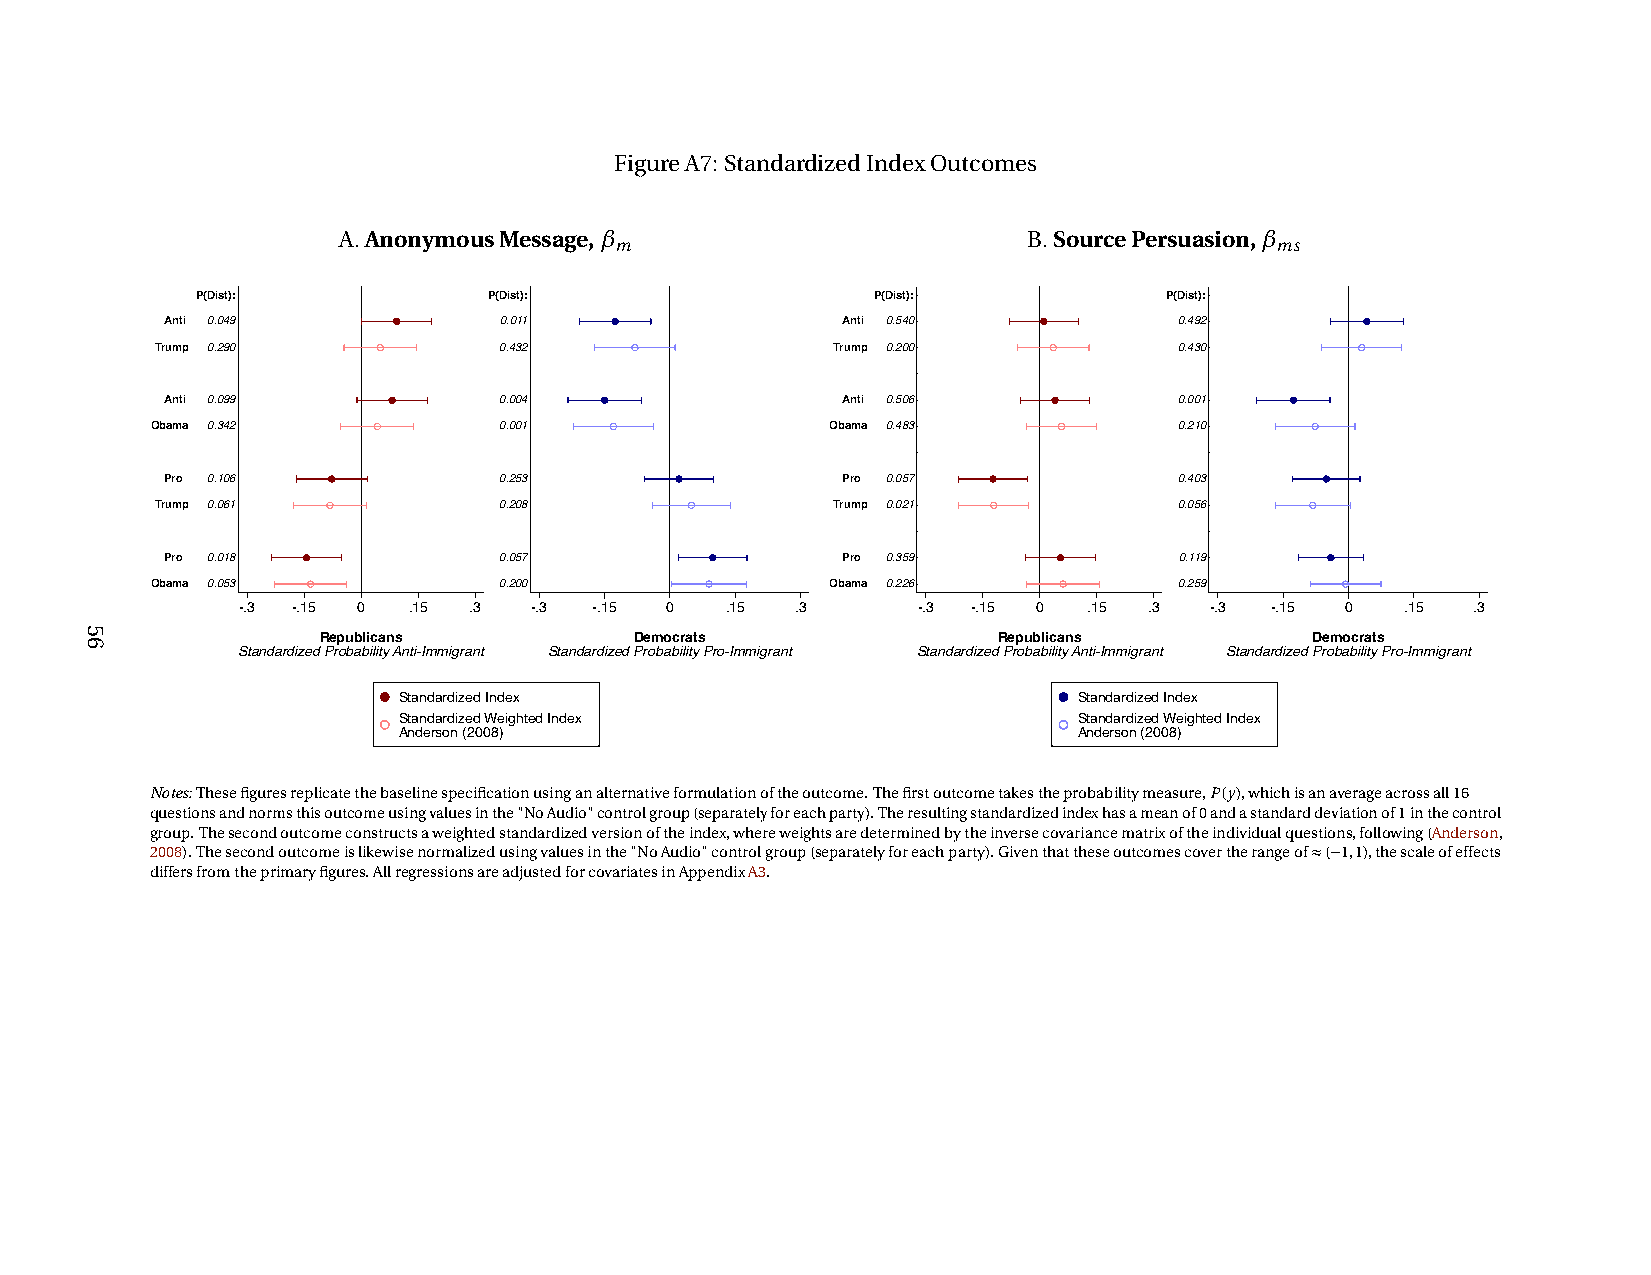
FigureA7: StandardizedIndexOutcomes
 A.AnonymousMessage,β                          B.SourcePersuasion,β
 m                                          ms
 P(Dist):           P(Dist):                  P(Dist):           P(Dist):
 Anti 0.049            0.011                  Anti 0.540            0.492
 Trump 0.290            0.432                 Trump 0.200            0.430
 Anti 0.099            0.004                  Anti 0.506            0.001
 Obama 0.342            0.001                 Obama 0.483            0.210
 Pro 0.106             0.253                  Pro 0.057             0.403
 Trump 0.061            0.208                 Trump 0.021            0.056
 Pro 0.018             0.057                  Pro 0.359             0.119
 Obama 0.053            0.200                 Obama 0.226            0.259
 -.3 -.15 0 .15 .3  -.3 -.15 0   .15  .3      -.3 -.15 0 .15 .3  -.3 -.15 0   .15 .3
 Republicans          Democrats               Republicans          Democrats
 Standardized Probability Anti-Immigrant Standardized Probability Pro-Immigrant Standardized Probability Anti-Immigrant Standardized Probability Pro-Immigrant
 Standardized Index                           Standardized Index
 Standardized Weighted Index                  Standardized Weighted Index
 Anderson (2008)                              Anderson (2008)
 Notes:Thesefiguresreplicatethebaselinespecificationusinganalternativeformulationoftheoutcome.Thefirstoutcometakestheprobabilitymeasure,P(y),whichisanaverageacrossall16
 questionsandnormsthisoutcomeusingvaluesinthe"NoAudio"controlgroup(separatelyforeachparty).Theresultingstandardizedindexhasameanof0andastandarddeviationof1inthecontrol
 group.Thesecondoutcomeconstructsaweightedstandardizedversionoftheindex,whereweightsaredeterminedbytheinversecovariancematrixoftheindividualquestions,following(Anderson,
 2008).Thesecondoutcomeislikewisenormalizedusingvaluesinthe"NoAudio"controlgroup(separatelyforeachparty).Giventhattheseoutcomescovertherangeof≈(−1,1),thescaleofeffects
 differsfromtheprimaryfigures.AllregressionsareadjustedforcovariatesinAppendixA3.
 56